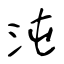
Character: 沌